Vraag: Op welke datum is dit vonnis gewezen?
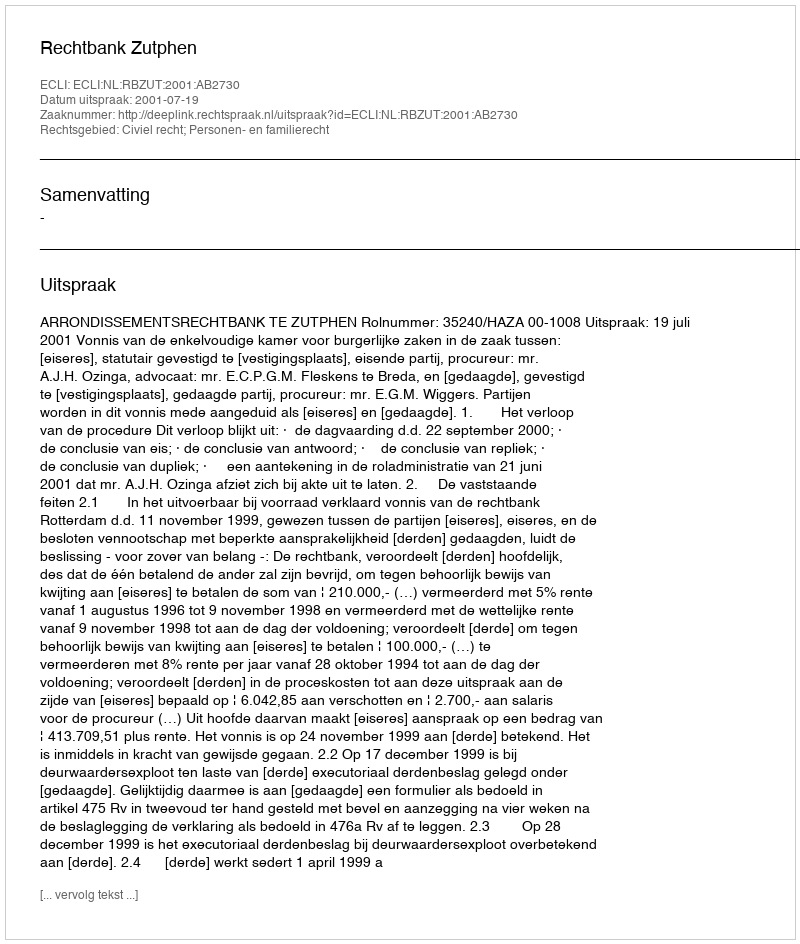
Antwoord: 2001-07-19